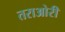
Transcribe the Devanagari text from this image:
तराओरी